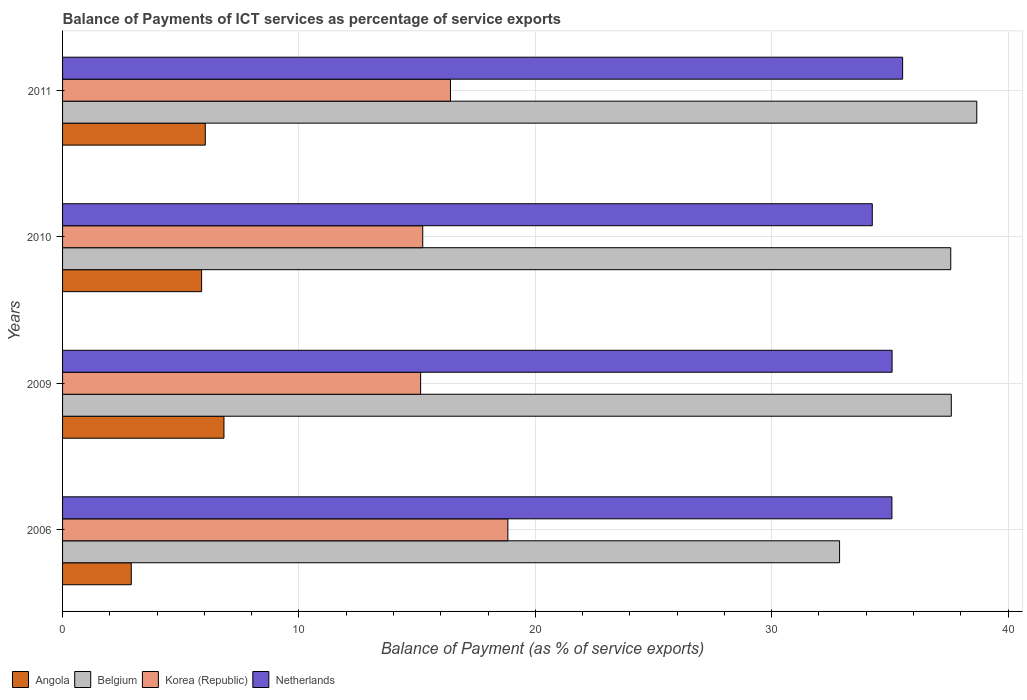
| Years | Angola | Belgium | Korea (Republic) | Netherlands |
 | --- | --- | --- | --- | --- |
 | 2006 | 2.91 | 32.9 | 18.8 | 35.1 |
 | 2009 | 6.83 | 37.6 | 15.1 | 35.1 |
 | 2010 | 5.88 | 37.6 | 15.2 | 34.3 |
 | 2011 | 6.04 | 38.7 | 16.4 | 35.5 |